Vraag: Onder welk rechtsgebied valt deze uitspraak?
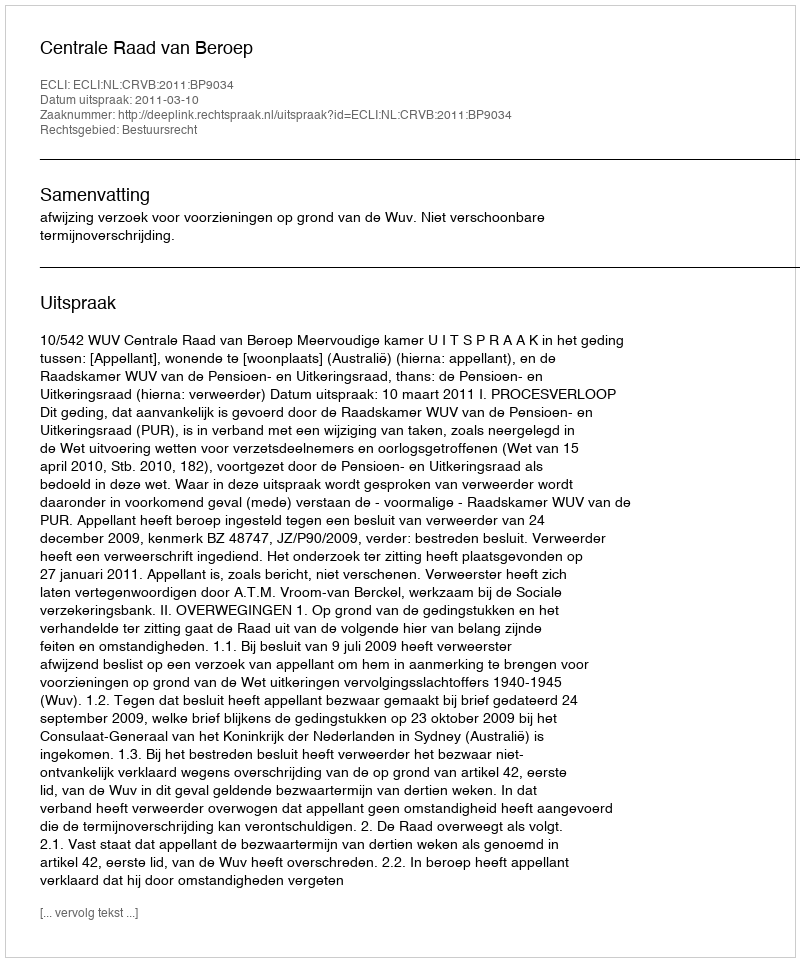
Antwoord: Bestuursrecht